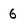
Character: 6